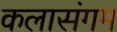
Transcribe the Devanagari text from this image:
कलासंगम